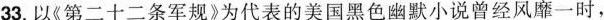
33.以《第二十二条军规》为代表的美国黑色幽默小说曾经风靡一时，